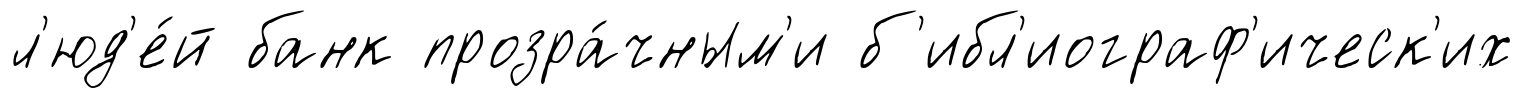
л'юд'е́й банк прозра́чным'и б'ибл'иограф'ическ'их